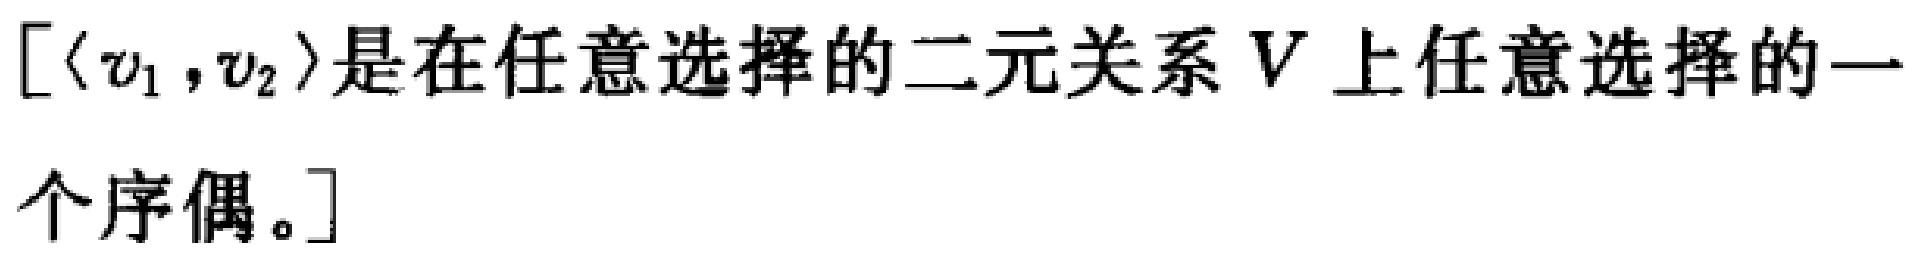
$[\langle v_1 ,v_2\rangle是在任意选择的二元关系V上任意选择的一\\个序偶。]$